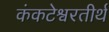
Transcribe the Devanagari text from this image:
कंकटेश्वरतीर्थ